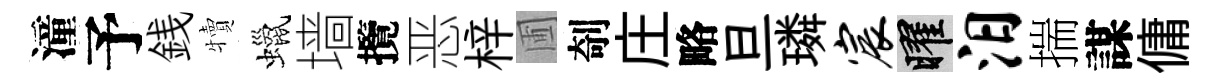
潼予銭犢蠟墙攬恶梓圃剞庄略旦璘宸曜汨揣謀傭